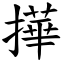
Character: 撶